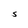
Character: S